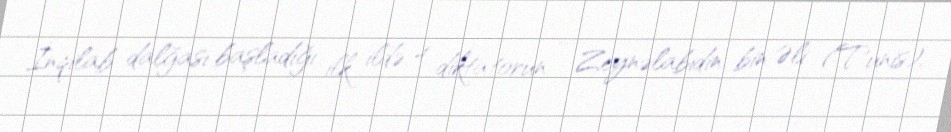
İnqilab dalğası başladığı ilk ildə 4 diktatorun - Zeynəlabidin bin Əli (Tunis),